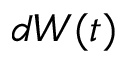
d W ( t )